Annual report on the Civil Veterinary Department, Burma (including the Insein Veterinary School) - 1910-1922
Year: 1910
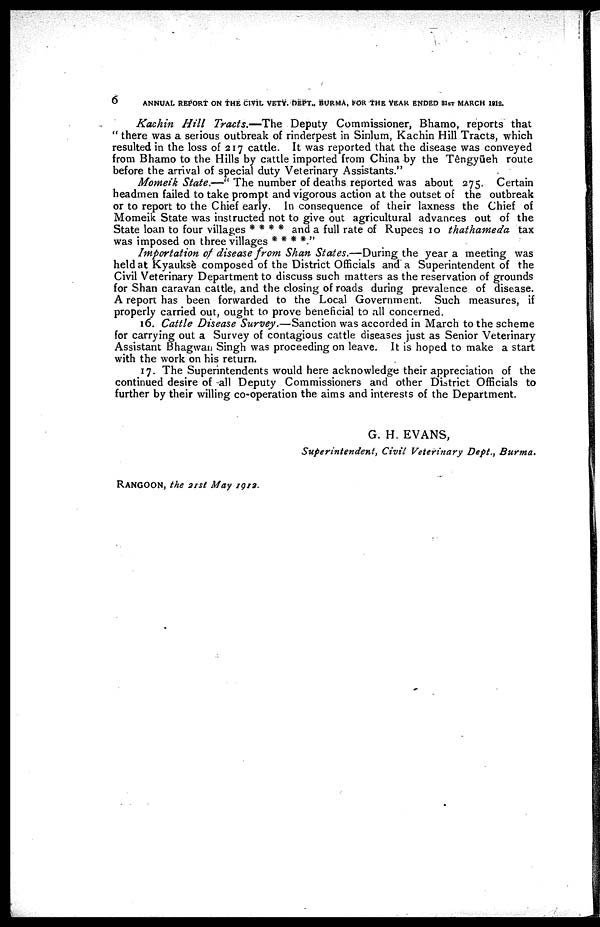
ANNUAL REPORT ON THE CIVIL VETY. DEPT., BURMA, FOR THE YEAR ENDED 31ST MARCH 1912.
Kachin Hill Tracts.—The
Deputy Commissioner, Bhamo, reports that
" there was a serious outbreak of rinderpest in Sinlum, Kachin Hill Tracts, which
resulted in the loss of 217 cattle. It was reported that the disease was conveyed
from Bhamo to the Hills by cattle imported from China by the Têngyüeh route
before the arrival of special duty Veterinary Assistants."
Momeik State.—" The number of deaths reported was about 275. Certain
headmen failed to take prompt and vigorous action at the outset of the outbreak
or to report to the Chief early. In consequence of their laxness the Chief of
Momeik State was instructed not to give out agricultural advances out of the
State loan to four villages * * * * and a full rate of Rupees 10 thathameda
tax
was imposed on three villages * * * *."
Importation of disease from Shan States.—During the year a meeting was
held at Kyauksè composed of the District Officials and a Superintendent of the
Civil Veterinary Department to discuss such matters as the reservation of grounds
for Shan caravan cattle, and the closing of roads during prevalence of disease.
A report has been forwarded to the Local Government. Such measures, if
properly carried out, ought to prove beneficial to all concerned.
16. Cattle Disease Survey.—Sanction
was accorded in March to the scheme
for carrying out a Survey of contagious cattle diseases just as Senior Veterinary
Assistant Bhagwan Singh was proceeding on leave. It is hoped to make a start
with the work on his return.
17. The Superintendents would here acknowledge their appreciation of the
continued desire of -all Deputy Commissioners and other District Officials to
further by their willing co-operation the aims and interests of the Department.
G. H. EVANS,
Superintendent, Civil Veterinary Dept., Burma.
RANGOON, the 21st May
1912.